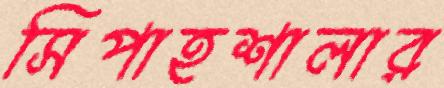
সিপাহশালার